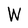
Character: W